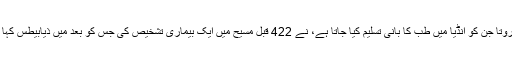
سسروتا جن کو انڈیا میں طب کا بانی تسلیم کیا جاتا ہے، نے 422 قبل مسیح میں ایک بیماری تشخیص کی جس کو بعد میں ذیابیطس کہا گیا۔